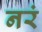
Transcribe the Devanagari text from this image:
नरं